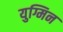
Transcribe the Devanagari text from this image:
युग्मिन